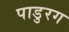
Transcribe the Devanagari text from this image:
पाडुरग